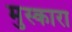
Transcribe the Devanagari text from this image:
मुस्कारा